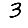
Digit: 3